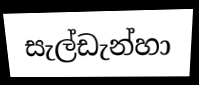
සැල්ඩැන්හා